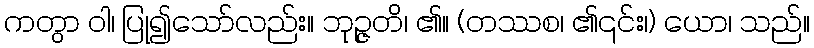
ကတွာ ဝါ၊ ပြု၍သော်လည်း။ ဘုဉ္ဇတိ၊ ၏။ (တဿစ၊ ၏၎င်း၊) ယော၊ သည်။